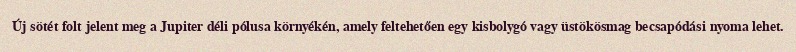
Új sötét folt jelent meg a Jupiter déli pólusa környékén, amely feltehetően egy kisbolygó vagy üstökösmag becsapódási nyoma lehet.